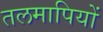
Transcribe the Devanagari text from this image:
तलमापियों